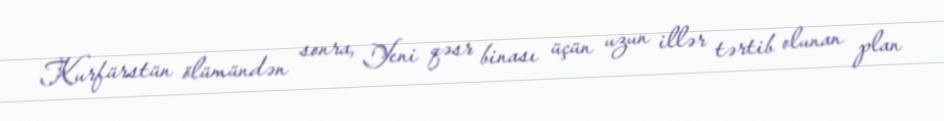
Kurfürstün ölümündən sonra, Yeni qəsr binası üçün uzun illər tərtib olunan plan